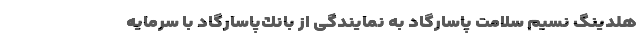
هلدینگ نسیم سلامت پاسارگاد به نمایندگی از بانك‌پاسارگاد با سرمایه